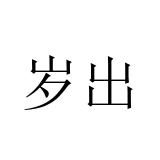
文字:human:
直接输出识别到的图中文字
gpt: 岁出